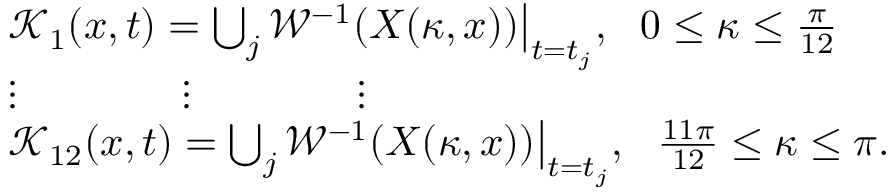
\begin{array} { r l } & { \mathcal { K } _ { 1 } ( x , t ) = \bigcup _ { j } \mathcal { W } ^ { - 1 } ( X ( \kappa , x ) ) \big | _ { t = t _ { j } } , \ \ 0 \leq \kappa \leq \frac { \pi } { 1 2 } } \\ & { \vdots \ \ \ \ \ \ \ \ \ \ \ \ \vdots \ \ \ \ \ \ \ \ \ \ \ \ \vdots } \\ & { \mathcal { K } _ { 1 2 } ( x , t ) = \bigcup _ { j } \mathcal { W } ^ { - 1 } ( X ( \kappa , x ) ) \big | _ { t = t _ { j } } , \ \ \frac { 1 1 \pi } { 1 2 } \leq \kappa \leq \pi . } \end{array}